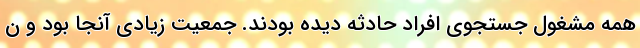
همه مشغول جستجوی افراد حادثه دیده بودند. جمعیت زیادی آنجا بود و ن